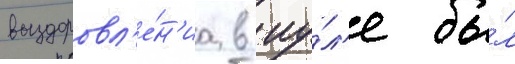
выздоровл'е́н'иа в иу́л'е бы́л